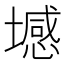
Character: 㙳